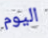
اليوم